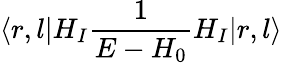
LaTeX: \langle r,l|H_{I}{\frac{1}{E-H_{0}}}H_{I}|r,l\rangle